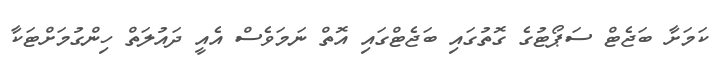
ކަމަށާ ބަޖެޓް ސަޕޯޓުގެ ގޮތުގައި ބަޖެޓްގައި އޮތް ނަމަވެސް އެއީ ދައުލަތް ހިންގުމަށްޓަކާ